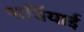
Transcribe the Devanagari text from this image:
सर्वियाई